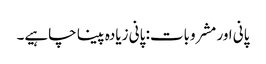
پانی اور مشروبات: پانی زیادہ پینا چاہیے۔